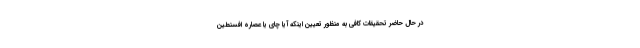
در حال حاضر تحقیقات کافی به منظور تعیین اینکه آیا چای یا عصاره افسنطین